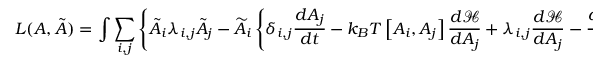
L ( A , { \tilde { A } } ) = \int \sum _ { i , j } \left\{ { \tilde { A } } _ { i } \lambda _ { i , j } { \tilde { A } } _ { j } - { \widetilde { A } } _ { i } \left\{ \delta _ { i , j } { \frac { d A _ { j } } { d t } } - k _ { B } T \left[ A _ { i } , A _ { j } \right] { \frac { d { \mathcal { H } } } { d A _ { j } } } + \lambda _ { i , j } { \frac { d { \mathcal { H } } } { d A _ { j } } } - { \frac { d \lambda _ { i , j } } { d A _ { j } } } \right\} \right\} d t .